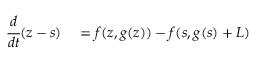
\begin{array} { r l } { \cfrac { d } { d t } ( z - s ) } & { { } = f ( z , g ( z ) ) - f ( s , g ( s ) + L ) } \end{array}